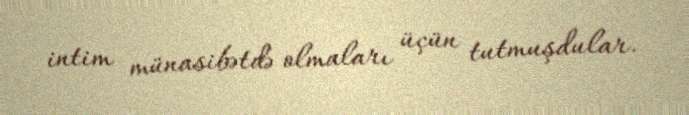
intim münasibətdə olmaları üçün tutmuşdular.